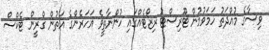
ވިސާގެ މުއްދަތު ހަމަވުމުން ޓޫރިސްޓު ރިޒޯޓެއްގައި ހުންނާތީވެ އަހަރެންގެ އަތުން ގްރީން ޓެކްސް